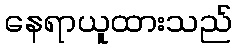
နေရာယူထားသည်